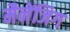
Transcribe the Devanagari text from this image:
मैनेंजिग